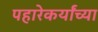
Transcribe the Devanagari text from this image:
पहारेकर्यांच्या